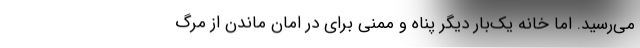
می‌رسید. اما خانه یک‌بار دیگر پناه و ممنی برای در امان ماندن از مرگ